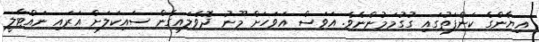
އިޔާންގެ ކަންފަތުގައި ގުގުމަމުންނެވެ. އަވަސް އަވަހަށް މޫނު ދޮވެލައިގެން ސައިކަލަށް އަރައި ނައްޓާލީ